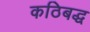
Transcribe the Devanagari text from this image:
कठिबद्ध